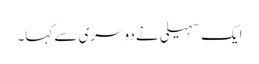
ایک سہیلی نے دوسری سے کہا۔